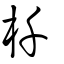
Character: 杄